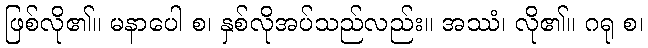
ဖြစ်လို၏။ မနာပေါ စ၊ နှစ်လိုအပ်သည်လည်း။ အဿံ၊ လို၏။ ဂရု စ၊